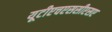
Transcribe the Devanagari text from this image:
यूटीएचएससीएसए